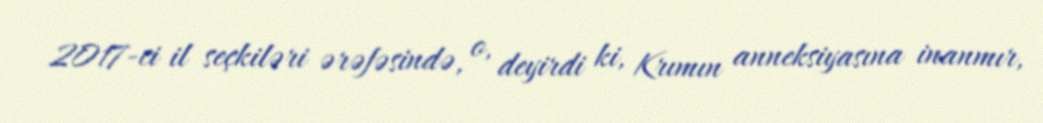
2017-ci il seçkiləri ərəfəsində, o, deyirdi ki, Krımın anneksiyasına inanmır,